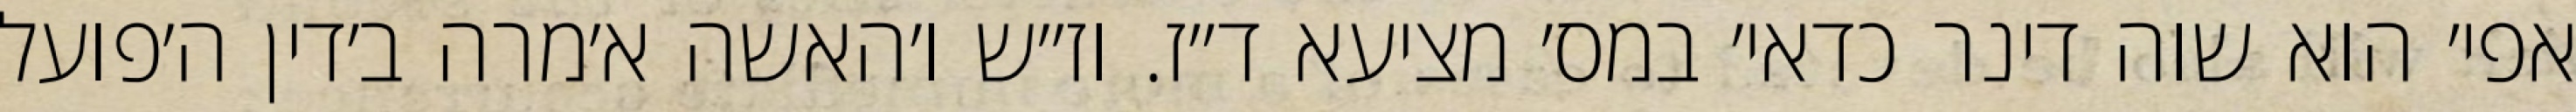
אפי׳ הוא שוה דינר כדאי׳ במס׳ מציעא ד״ז. וז״ש ו׳האשה א׳מרה ב׳דין ה׳פועל